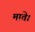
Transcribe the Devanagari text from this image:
माते।